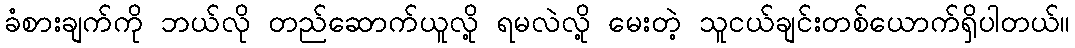
ခံစားချက်ကို ဘယ်လို တည်ဆောက်ယူလို့ ရမလဲလို့ မေးတဲ့ သူငယ်ချင်းတစ်ယောက်ရှိပါတယ်။